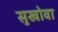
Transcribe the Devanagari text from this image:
सुखोवा